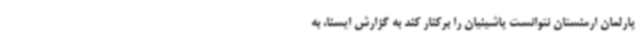
پارلمان ارمنستان نتوانست پاشینیان را برکنار کند به گزارش ایسنا، به